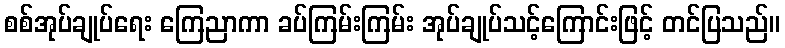
စစ်အုပ်ချုပ်ရေး ကြေညာကာ ခပ်ကြမ်းကြမ်း အုပ်ချုပ်သင့်ကြောင်းဖြင့် တင်ပြသည်။